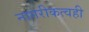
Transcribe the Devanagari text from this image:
नागरीकत्वही